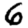
Digit: 6